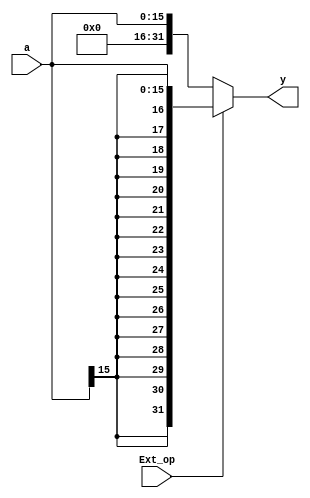
module ext(a, Ext_op , y) ;
input [15:0] a ;
input Ext_op ;
output [31:0] y ;
assign y = Ext_op ? {{16{a[15]}}, a} : {16'b0 , a};
endmodule